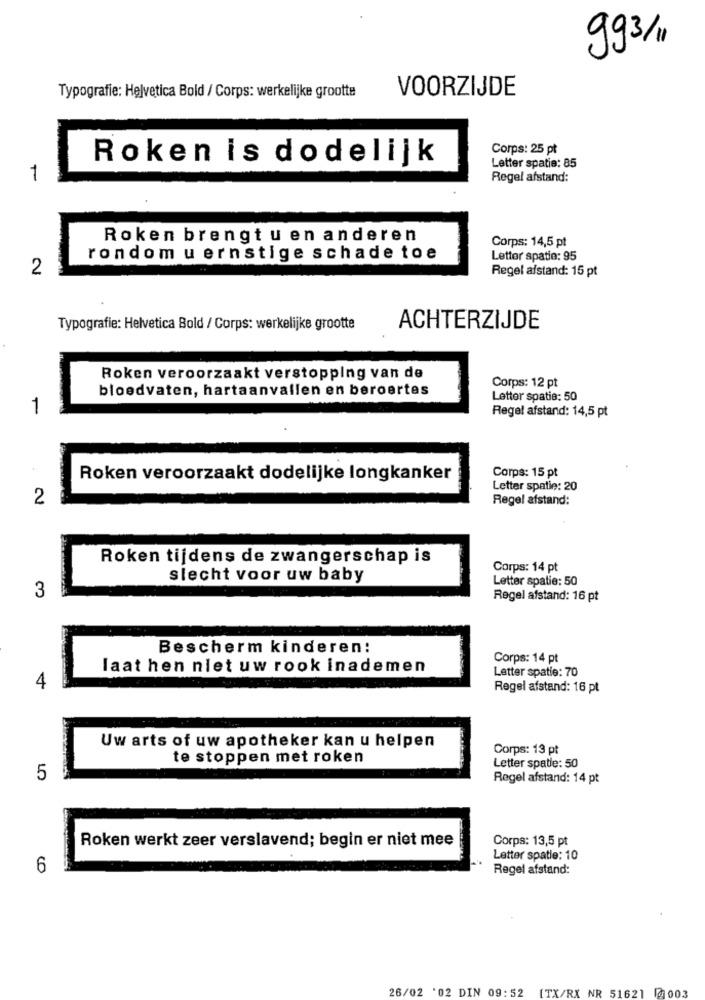
993/1
VOORZIJDE
Typografie: Helvetica Bold / Corps: werkelijke grootte
Corps: 25 pt
Roken is dodelijk
Letter spatie: 85
1
Regel afstand:
Roken brengt u en anderen
Corps: 14,5 pt
rondom u ernstige schade toe
Letter spatie: 95
2
Regel afstand: 15 pt
Typografie: Helvetica Bold / Corps: werkelijke grootte
ACHTERZIJDE
Roken veroorzaakt verstopping van de
bloedvaten, hartaanvallen en beroertes
Corps: 12 pt
Letter spatie: 50
1
Regel afstand: 14,5 pt
Corps: 15 pt
Roken veroorzaakt dodelijke longkanker
Letter spatie: 20
2
Regel afstand:
Roken tijdens de zwangerschap is
Corps: 14 pt
slecht voor uw baby
Letter spatie: 50
3
Regel afstand: 16 pt
Bescherm kinderen:
Corps: 14 pt
laat hen niet uw rook inademen
Letter spatie: 70
4
Regel afstand: 16 pt
Uw arts of uw apotheker kan u helpen
Corps: 13 pt
te stoppen met roken
Letter spatie: 50
5
Regel afstand: 14 pt
Roken werkt zeer verslavend; begin er niet mee
Corps: 13,5 pt
Letter spatie: 10
6
Regel afstand:
26/02 '02 DIN 09:52 [TX/RX NR 51621 @003